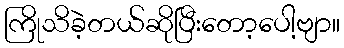
ကြိုသိခဲ့တယ်ဆိုပြီးတော့ပေါ့ဗျာ။